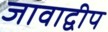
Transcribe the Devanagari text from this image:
जावाद्वीप